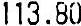
113.80